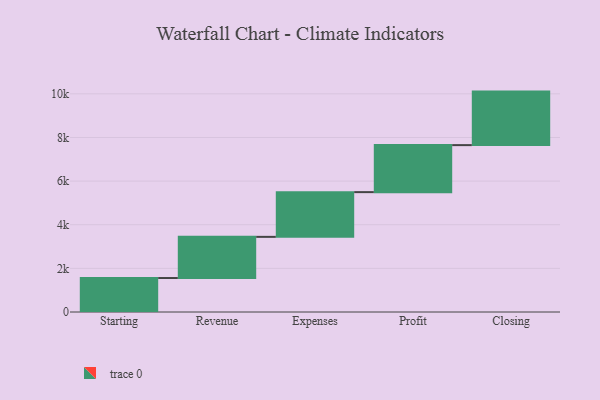
{"axis": {"x": "Step", "y": "Value"}, "legend": [""], "data": [{"x": "Starting", "y": 1557.0, "type": ""}, {"x": "Revenue", "y": 1887.0, "type": ""}, {"x": "Expenses", "y": 2050.0, "type": ""}, {"x": "Profit", "y": 2155.0, "type": ""}, {"x": "Closing", "y": 2453.0, "type": ""}]}